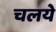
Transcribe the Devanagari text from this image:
चलये